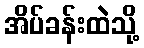
အိပ်ခန်းထဲသို့